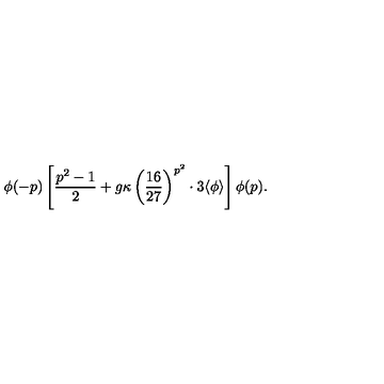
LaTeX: \phi ( - p ) \left[ \frac { p ^ { 2 } - 1 } { 2 } + g \kappa \left( \frac { 1 6 } { 2 7 } \right) ^ { p ^ { 2 } } \cdot 3 \langle \phi \rangle \right] \phi ( p ) .